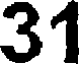
31